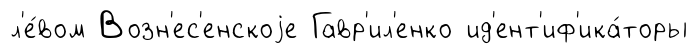
л'е́вом Возн'ес'енскоjе Гавр'ил'енко ид'ент'иф'ика́торы